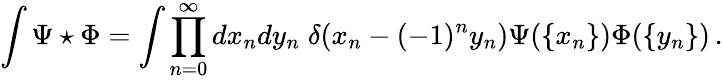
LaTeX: \int\Psi\star\Phi=\int\prod_{n=0}^{\infty}dx_{n}dy_{n}\; \delta(x_{n}-(-1)^{n}y_{n})\Psi(\{ x_{n}\} )\Phi(\{ y_{n}\} )\, .